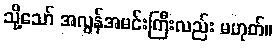
သို့သော် အလွန်အမင်းကြီးလည်း မဟုတ်။